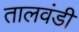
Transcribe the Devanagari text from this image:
तालवंडी